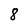
Character: 8